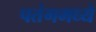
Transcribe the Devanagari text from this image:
पतंगमध्ये